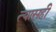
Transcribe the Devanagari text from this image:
त्यासही